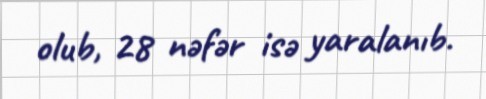
olub, 28 nəfər isə yaralanıb.